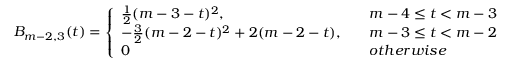
B _ { m - 2 , 3 } ( t ) = \left\{ \begin{array} { l l } { \frac { 1 } { 2 } ( m - 3 - t ) ^ { 2 } , \quad } & { m - 4 \leq t < m - 3 } \\ { - \frac { 3 } { 2 } ( m - 2 - t ) ^ { 2 } + 2 ( m - 2 - t ) , \quad } & { m - 3 \leq t < m - 2 } \\ { 0 \quad } & { o t h e r w i s e } \end{array} \right.